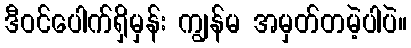
ဒီဝင်ပေါက်ရှိမှန်း ကျွန်မ အမှတ်တမဲ့ပါပဲ။